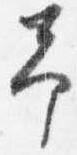
予